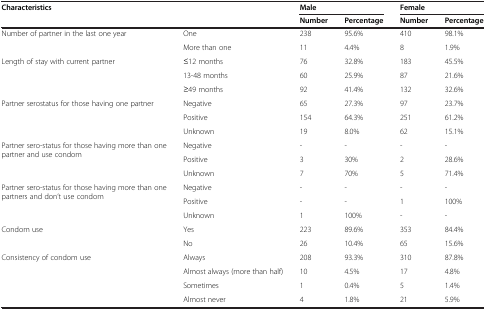
| <ROWSPAN=2-COLSPAN=2> Characteristics | <COLSPAN=2> Male | <COLSPAN=2> Female |
 | Number | Percentage | Number | Percentage |
 | --- | --- | --- | --- | --- | --- |
 | <ROWSPAN=2> Number of partner in the last one year | One | 238 | 95.6% | 410 | 98.1% |
 | More than one | 11 | 4.4% | 8 | 1.9% |
 | <ROWSPAN=3> Length of stay with current partner | ≤12 months | 76 | 32.8% | 183 | 45.5% |
 | 13-48 months | 60 | 25.9% | 87 | 21.6% |
 | ≥49 months | 92 | 41.4% | 132 | 32.6% |
 | <ROWSPAN=3> Partner serostatus for those having one partner | Negative | 65 | 27.3% | 97 | 23.7% |
 | Positive | 154 | 64.3% | 251 | 61.2% |
 | Unknown | 19 | 8.0% | 62 | 15.1% |
 | <ROWSPAN=3> Partner sero-status for those having more than one partner and use condom | Negative | - | - | - | - |
 | Positive | 3 | 30% | 2 | 28.6% |
 | Unknown | 7 | 70% | 5 | 71.4% |
 | <ROWSPAN=3> Partner sero-status for those having more than one partners and don’t use condom | Negative | - | - | - | - |
 | Positive | - | - | 1 | 100% |
 | Unknown | 1 | 100% | - | - |
 | <ROWSPAN=2> Condom use | Yes | 223 | 89.6% | 353 | 84.4% |
 | No | 26 | 10.4% | 65 | 15.6% |
 | <ROWSPAN=4> Consistency of condom use | Always | 208 | 93.3% | 310 | 87.8% |
 | Almost always (more than half) | 10 | 4.5% | 17 | 4.8% |
 | Sometimes | 1 | 0.4% | 5 | 1.4% |
 | Almost never | 4 | 1.8% | 21 | 5.9% |